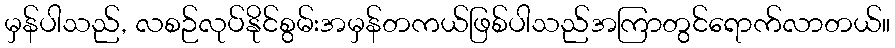
မှန်ပါသည်, လစဉ်လုပ်နိုင်စွမ်းအမှန်တကယ်ဖြစ်ပါသည်အကြာတွင်ရောက်လာတယ်။